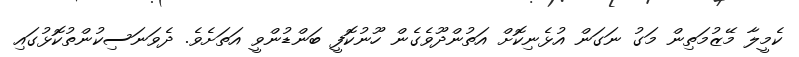
ކެމީލާ މޭޒުމަތިން މަގު ނަގަން އުޅެނިކޮށް އަތުންދޫވެގެން ހޫނުކޮފީ ބަންޑުންވީ އަތަށެވެ. ދެވަނަސިކުންތުކޮޅުގައި